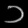
Digit: ၁